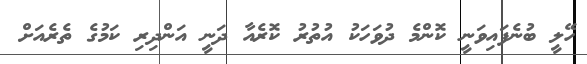
ހޭލީ ބުނެފައިވަނީ ކޮންމެ ދުވަހަކު އުތުރު ކޮރެއާ ދަނީ އަންދިރި ކަމުގެ ތެރެއަށް